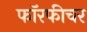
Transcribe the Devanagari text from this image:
फॉरफीचर